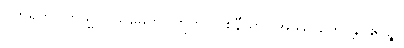
ဝိဟရတိ။ တသ္မာ။ သမေတု။ ဣတိ။ ဝစနီယာ။ အဿု ဟောန္တိ။ ဧဝဉ္စ။